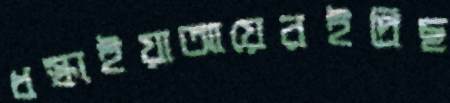
ধস্‌কাইয়াআয়েরইদ্রিছ